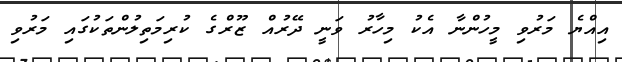
އިއްޔެ މަރުވި މީހުންނާ އެކު މިހާރު ވަނީ ދޭރުއް ޒޫރްގެ ކުރިމަތިލުންތަކުގައި މަރުވި